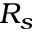
R _ { s }